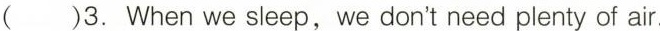
( )3. When we sleep,we don't need plenty of air.